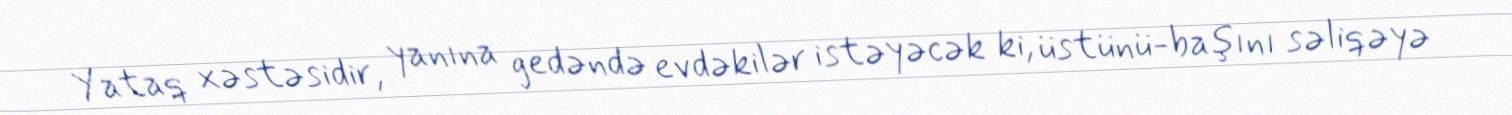
Yataq xəstəsidir, yanına gedəndə evdəkilər istəyəcək ki, üstünü-başını səliqəyə